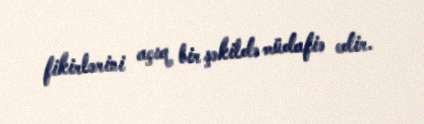
fikirlərini açıq bir şəkildə müdafiə edir.